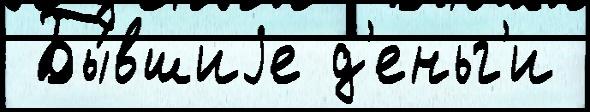
 Бы́вшиjе д'еньг'и